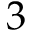
3